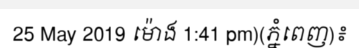
25 May 2019 ម៉ោង 1:41 pm)(ភ្នំពេញ)៖